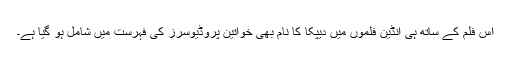
اس فلم کے ساتھ ہی انڈین فلموں میں دیپکا کا نام بھی خواتین پروڈیوسرز کی فہرست میں شامل ہو گیا ہے۔